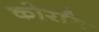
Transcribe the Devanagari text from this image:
कोर्राम